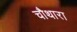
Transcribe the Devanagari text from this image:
चौथारा